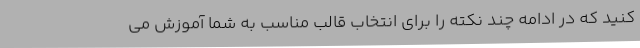
کنید که در ادامه چند نکته را برای انتخاب قالب مناسب به شما آموزش می